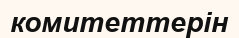
комитеттерін